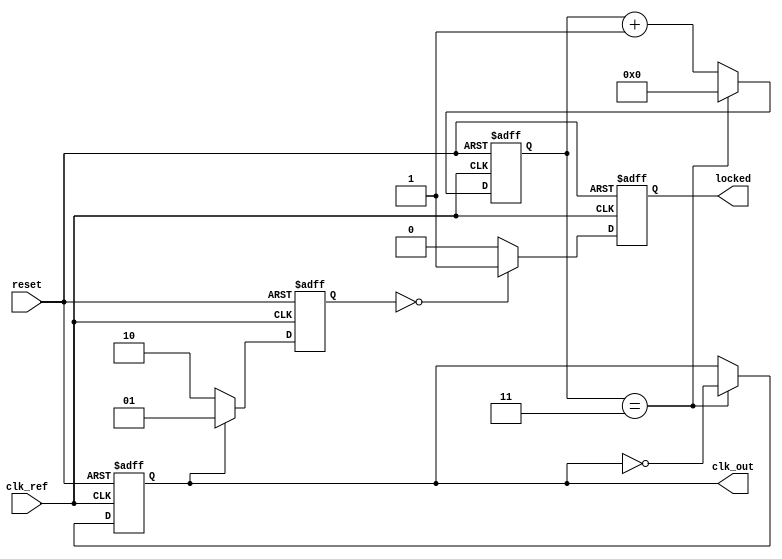
module low_jitter_pll (
    input wire clk_ref,        // Reference clock input
    input wire reset,          // Asynchronous reset
    output reg clk_out,        // Output clock signal
    output reg locked          // Lock indicator
);

// Parameters
parameter DIV_RATIO = 4;      // Frequency division ratio
parameter VCO_MAX_FREQ = 100; // Maximum VCO frequency (arbitrary units)
parameter VCO_MIN_FREQ = 10;  // Minimum VCO frequency (arbitrary units)

// Internal signals
reg [1:0] phase_error;         // Phase error signal from phase detector
reg [7:0] control_voltage;      // Control voltage for VCO
reg [7:0] vco_freq;            // Current frequency of VCO
reg [3:0] counter;             // Frequency divider counter
reg [1:0] state;               // PLL state

// Phase Detector (PD)
always @(posedge clk_ref or posedge reset) begin
    if (reset) begin
        phase_error <= 2'b00;
    end else begin
        // Simple phase detector logic
        if (clk_out) begin
            phase_error <= 2'b01; // Phase lead
        end else begin
            phase_error <= 2'b10; // Phase lag
        end
    end
end

// Loop Filter (LF)
always @(posedge clk_ref or posedge reset) begin
    if (reset) begin
        control_voltage <= 8'd128; // Midpoint control voltage
    end else begin
        case (phase_error)
            2'b01: control_voltage <= control_voltage + 1; // Increase control voltage
            2'b10: control_voltage <= control_voltage - 1; // Decrease control voltage
            default: control_voltage <= control_voltage;    // No change
        endcase
    end
end

// Voltage-Controlled Oscillator (VCO)
always @(posedge clk_ref or posedge reset) begin
    if (reset) begin
        vco_freq <= VCO_MIN_FREQ; // Start at minimum frequency
    end else begin
        // Adjust VCO frequency based on control voltage
        vco_freq <= VCO_MIN_FREQ + (control_voltage * (VCO_MAX_FREQ - VCO_MIN_FREQ) / 255);
    end
end

// Frequency Divider (FD)
always @(posedge clk_ref or posedge reset) begin
    if (reset) begin
        counter <= 0;
        clk_out <= 0;
        locked <= 0;
    end else begin
        if (counter == (DIV_RATIO - 1)) begin
            clk_out <= ~clk_out; // Toggle output clock
            counter <= 0;
        end else begin
            counter <= counter + 1;
        end
        
        // Lock detection logic (simplified)
        if (phase_error == 2'b00) begin
            locked <= 1; // PLL is locked
        end else begin
            locked <= 0; // PLL is not locked
        end
    end
end

endmodule